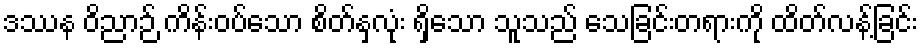
ဒဿန ဝိညာဉ် ကိန်းဝပ်သော စိတ်နှလုံး ရှိသော သူသည် သေခြင်းတရားကို ထိတ်လန့်ခြင်း